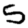
Digit: 5